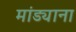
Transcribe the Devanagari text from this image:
मांड्याना